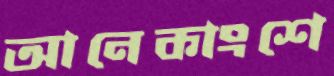
আনেকাংশে